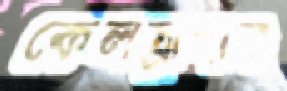
কেলস্নাদার